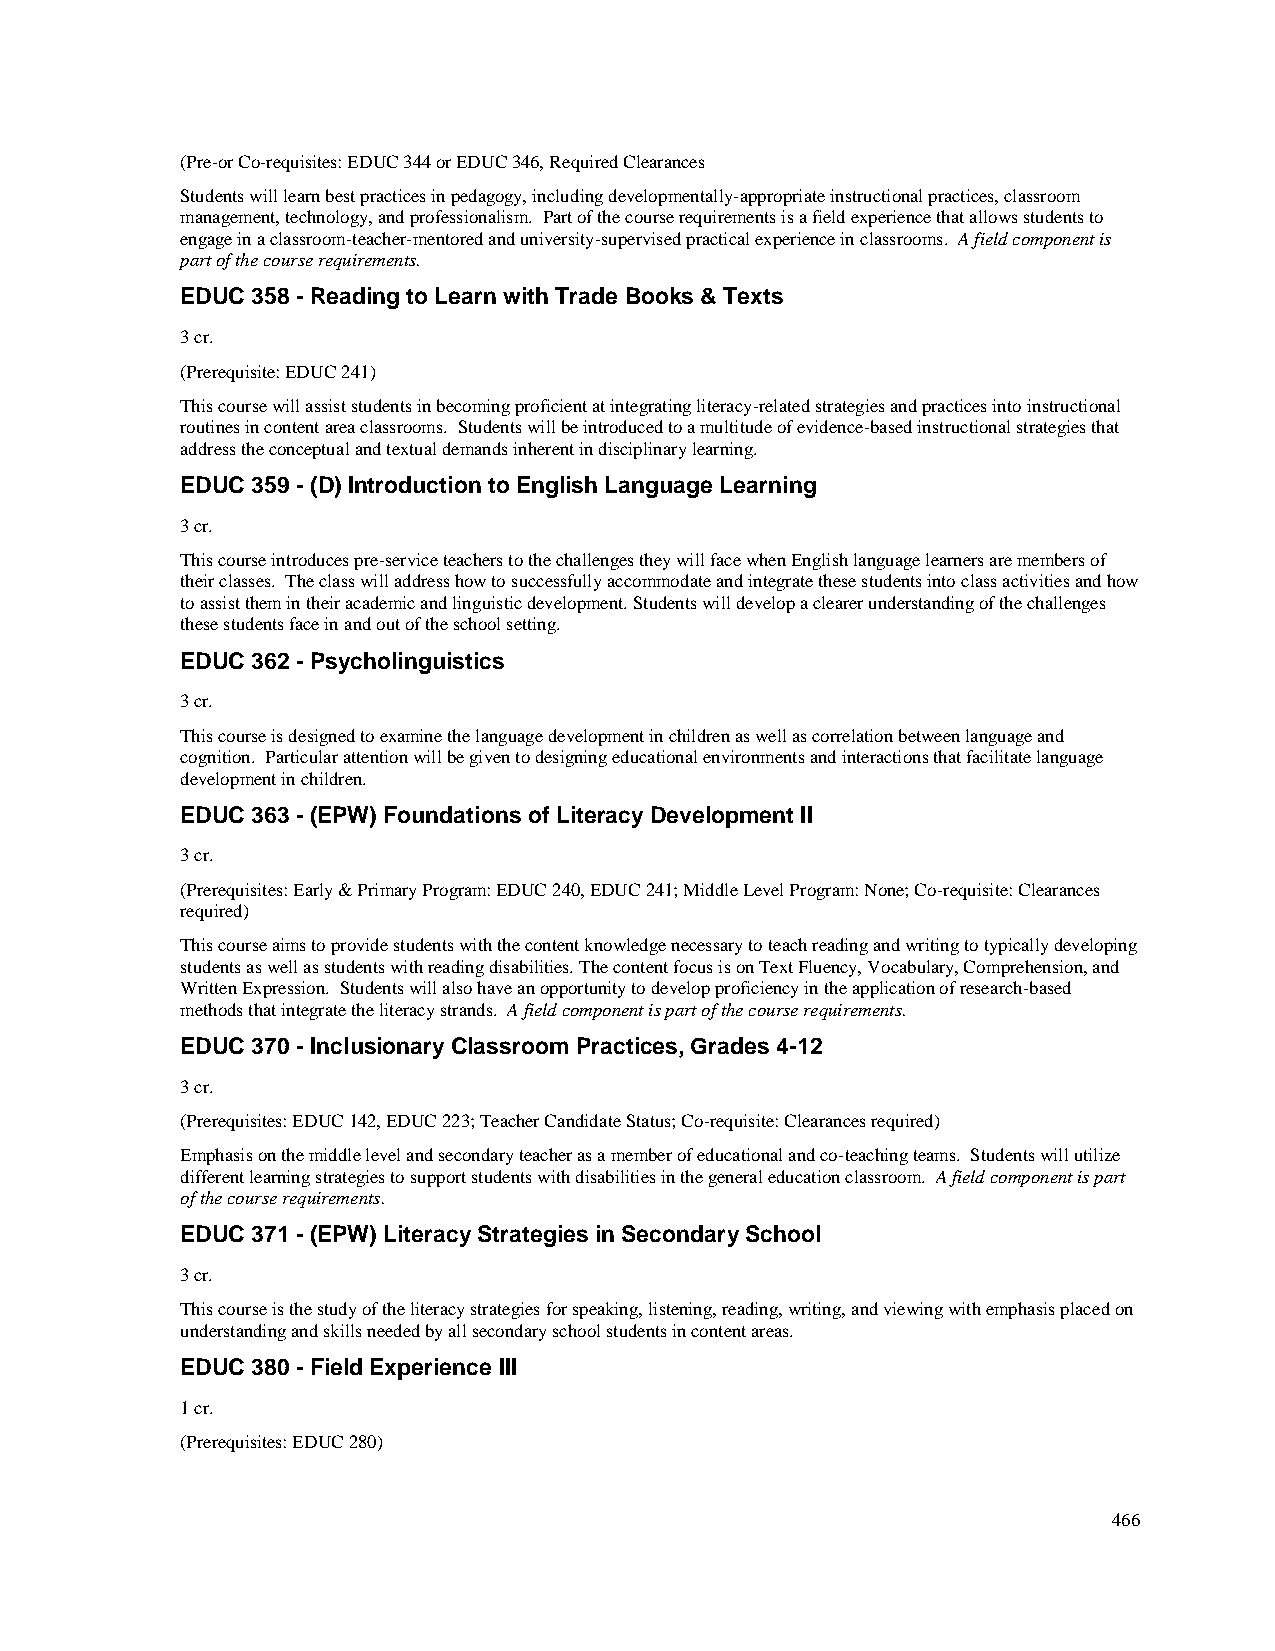
(Pre-or Co-requisites: EDUC 344 or EDUC 346, Required Clearances
 Students will learn best practices in pedagogy, including developmentally-appropriate instructional practices, classroom
 management, technology, and professionalism. Part of the course requirements is a field experience that allows students to
 engage in a classroom-teacher-mentored and university-supervised practical experience in classrooms. A field component is
 part of the course requirements.
 EDUC 358 - Reading to Learn with Trade Books & Texts
 3 cr.
 (Prerequisite: EDUC 241)
 This course will assist students in becoming proficient at integrating literacy-related strategies and practices into instructional
 routines in content area classrooms. Students will be introduced to a multitude of evidence-based instructional strategies that
 address the conceptual and textual demands inherent in disciplinary learning.
 EDUC 359 - (D) Introduction to English Language Learning
 3 cr.
 This course introduces pre-service teachers to the challenges they will face when English language learners are members of
 their classes. The class will address how to successfully accommodate and integrate these students into class activities and how
 to assist them in their academic and linguistic development. Students will develop a clearer understanding of the challenges
 these students face in and out of the school setting.
 EDUC 362 - Psycholinguistics
 3 cr.
 This course is designed to examine the language development in children as well as correlation between language and
 cognition. Particular attention will be given to designing educational environments and interactions that facilitate language
 development in children.
 EDUC 363 - (EPW) Foundations of Literacy Development II
 3 cr.
 (Prerequisites: Early & Primary Program: EDUC 240, EDUC 241; Middle Level Program: None; Co-requisite: Clearances
 required)
 This course aims to provide students with the content knowledge necessary to teach reading and writing to typically developing
 students as well as students with reading disabilities. The content focus is on Text Fluency, Vocabulary, Comprehension, and
 Written Expression. Students will also have an opportunity to develop proficiency in the application of research-based
 methods that integrate the literacy strands. A field component is part of the course requirements.
 EDUC 370 - Inclusionary Classroom Practices, Grades 4-12
 3 cr.
 (Prerequisites: EDUC 142, EDUC 223; Teacher Candidate Status; Co-requisite: Clearances required)
 Emphasis on the middle level and secondary teacher as a member of educational and co-teaching teams. Students will utilize
 different learning strategies to support students with disabilities in the general education classroom. A field component is part
 of the course requirements.
 EDUC 371 - (EPW) Literacy Strategies in Secondary School
 3 cr.
 This course is the study of the literacy strategies for speaking, listening, reading, writing, and viewing with emphasis placed on
 understanding and skills needed by all secondary school students in content areas.
 EDUC 380 - Field Experience III
 1 cr.
 (Prerequisites: EDUC 280)
 466